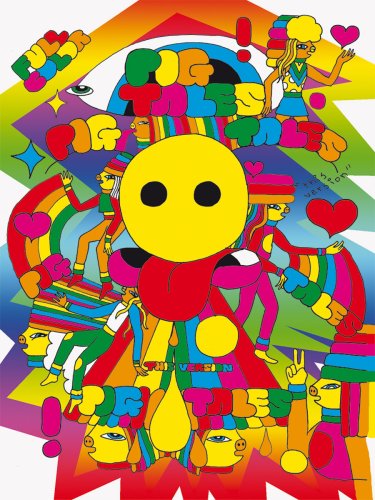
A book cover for Paper Rad: Cartoon Workshop Pig Tales Digest; Arts & Photography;